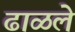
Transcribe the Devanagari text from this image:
ढाळले